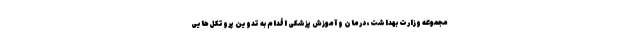
مجموعه وزارت بهداشت، درمان و آموزش پزشکی اقدام به تدوین پروتکل‌هایی